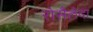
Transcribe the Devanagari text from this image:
रोसैलेदा